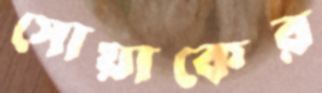
সোয়াকের